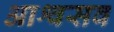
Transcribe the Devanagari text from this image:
आश्वसव